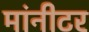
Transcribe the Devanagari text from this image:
मांनीटर